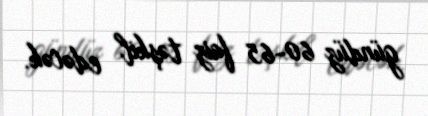
gündüz 60-65 faiz təşkil edəcək.